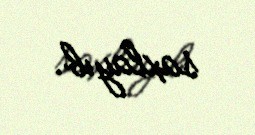
saxlayıb.